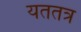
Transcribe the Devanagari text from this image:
यततत्र